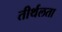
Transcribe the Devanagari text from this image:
तीर्थलता